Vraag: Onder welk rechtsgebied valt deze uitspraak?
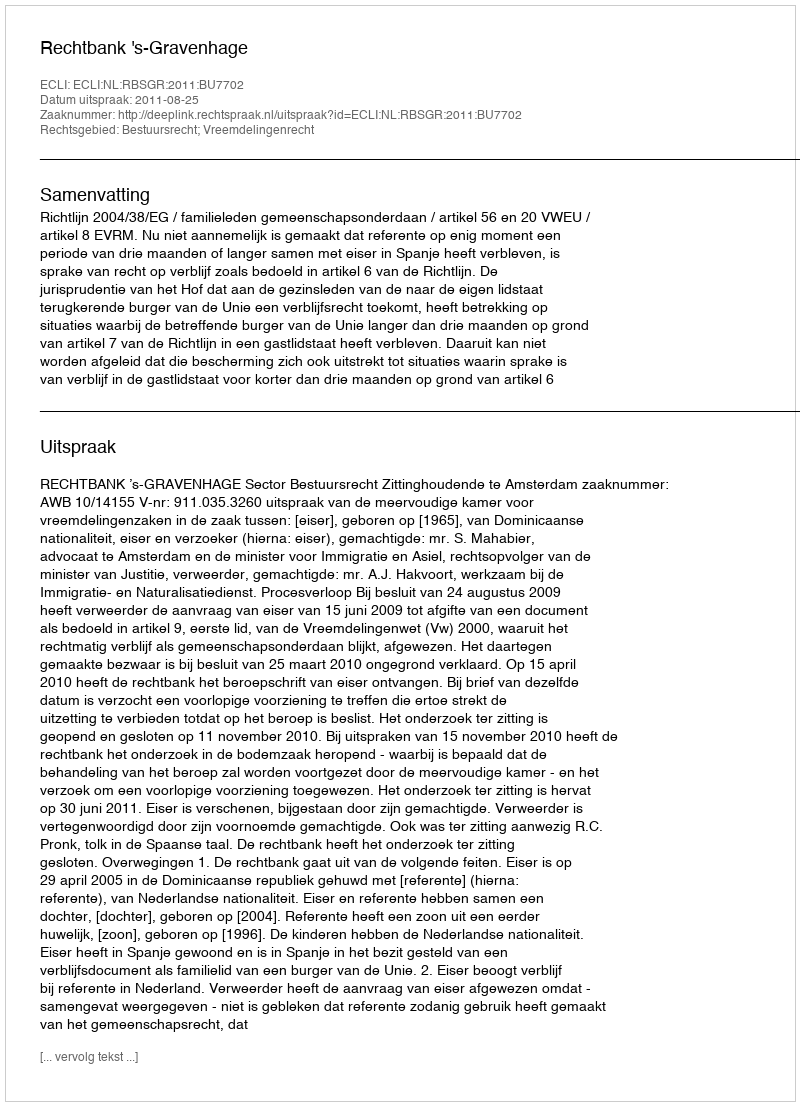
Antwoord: Bestuursrecht; Vreemdelingenrecht